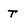
Character: t